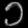
Digit: ၁